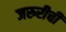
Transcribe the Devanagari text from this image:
जरुरीची